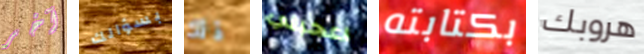
آخر بسؤالك ذلك اعجبني بكتابته هروبك